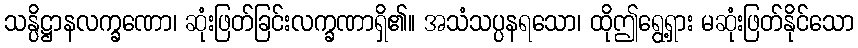
သန္ပိဋ္ဌာနလက္ခဏော၊ ဆုံးဖြတ်ခြင်းလက္ခဏာရှိ၏။ အသံသပ္ပနရသော၊ ထိုဤရွေ့ရှား မဆုံးဖြတ်နိုင်သော